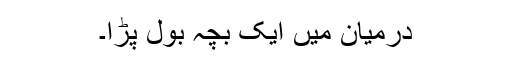
درمیان میں ایک بچہ بول پڑا۔